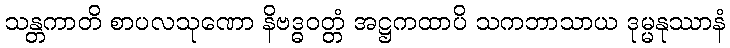
သန္တကာတိ စာပလသုဏော နိဗဒ္ဓဝတ္တံ အဋ္ဌကထာပိ သကဘာသာယ ဒုမ္မနုဿာနံ